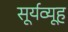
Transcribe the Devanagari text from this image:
सूर्यव्यूह